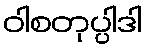
ဝါစတုပ္ပါဒါ